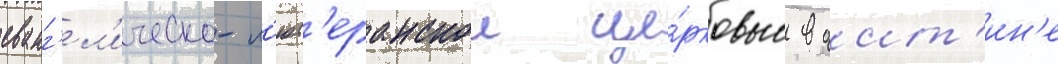
еванг'ел'ическо-л'ют'еранскои це́рковью в оит'ин'е